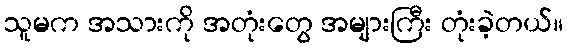
သူမက အသားကို အတုံးတွေ အများကြီး တုံးခဲ့တယ်။